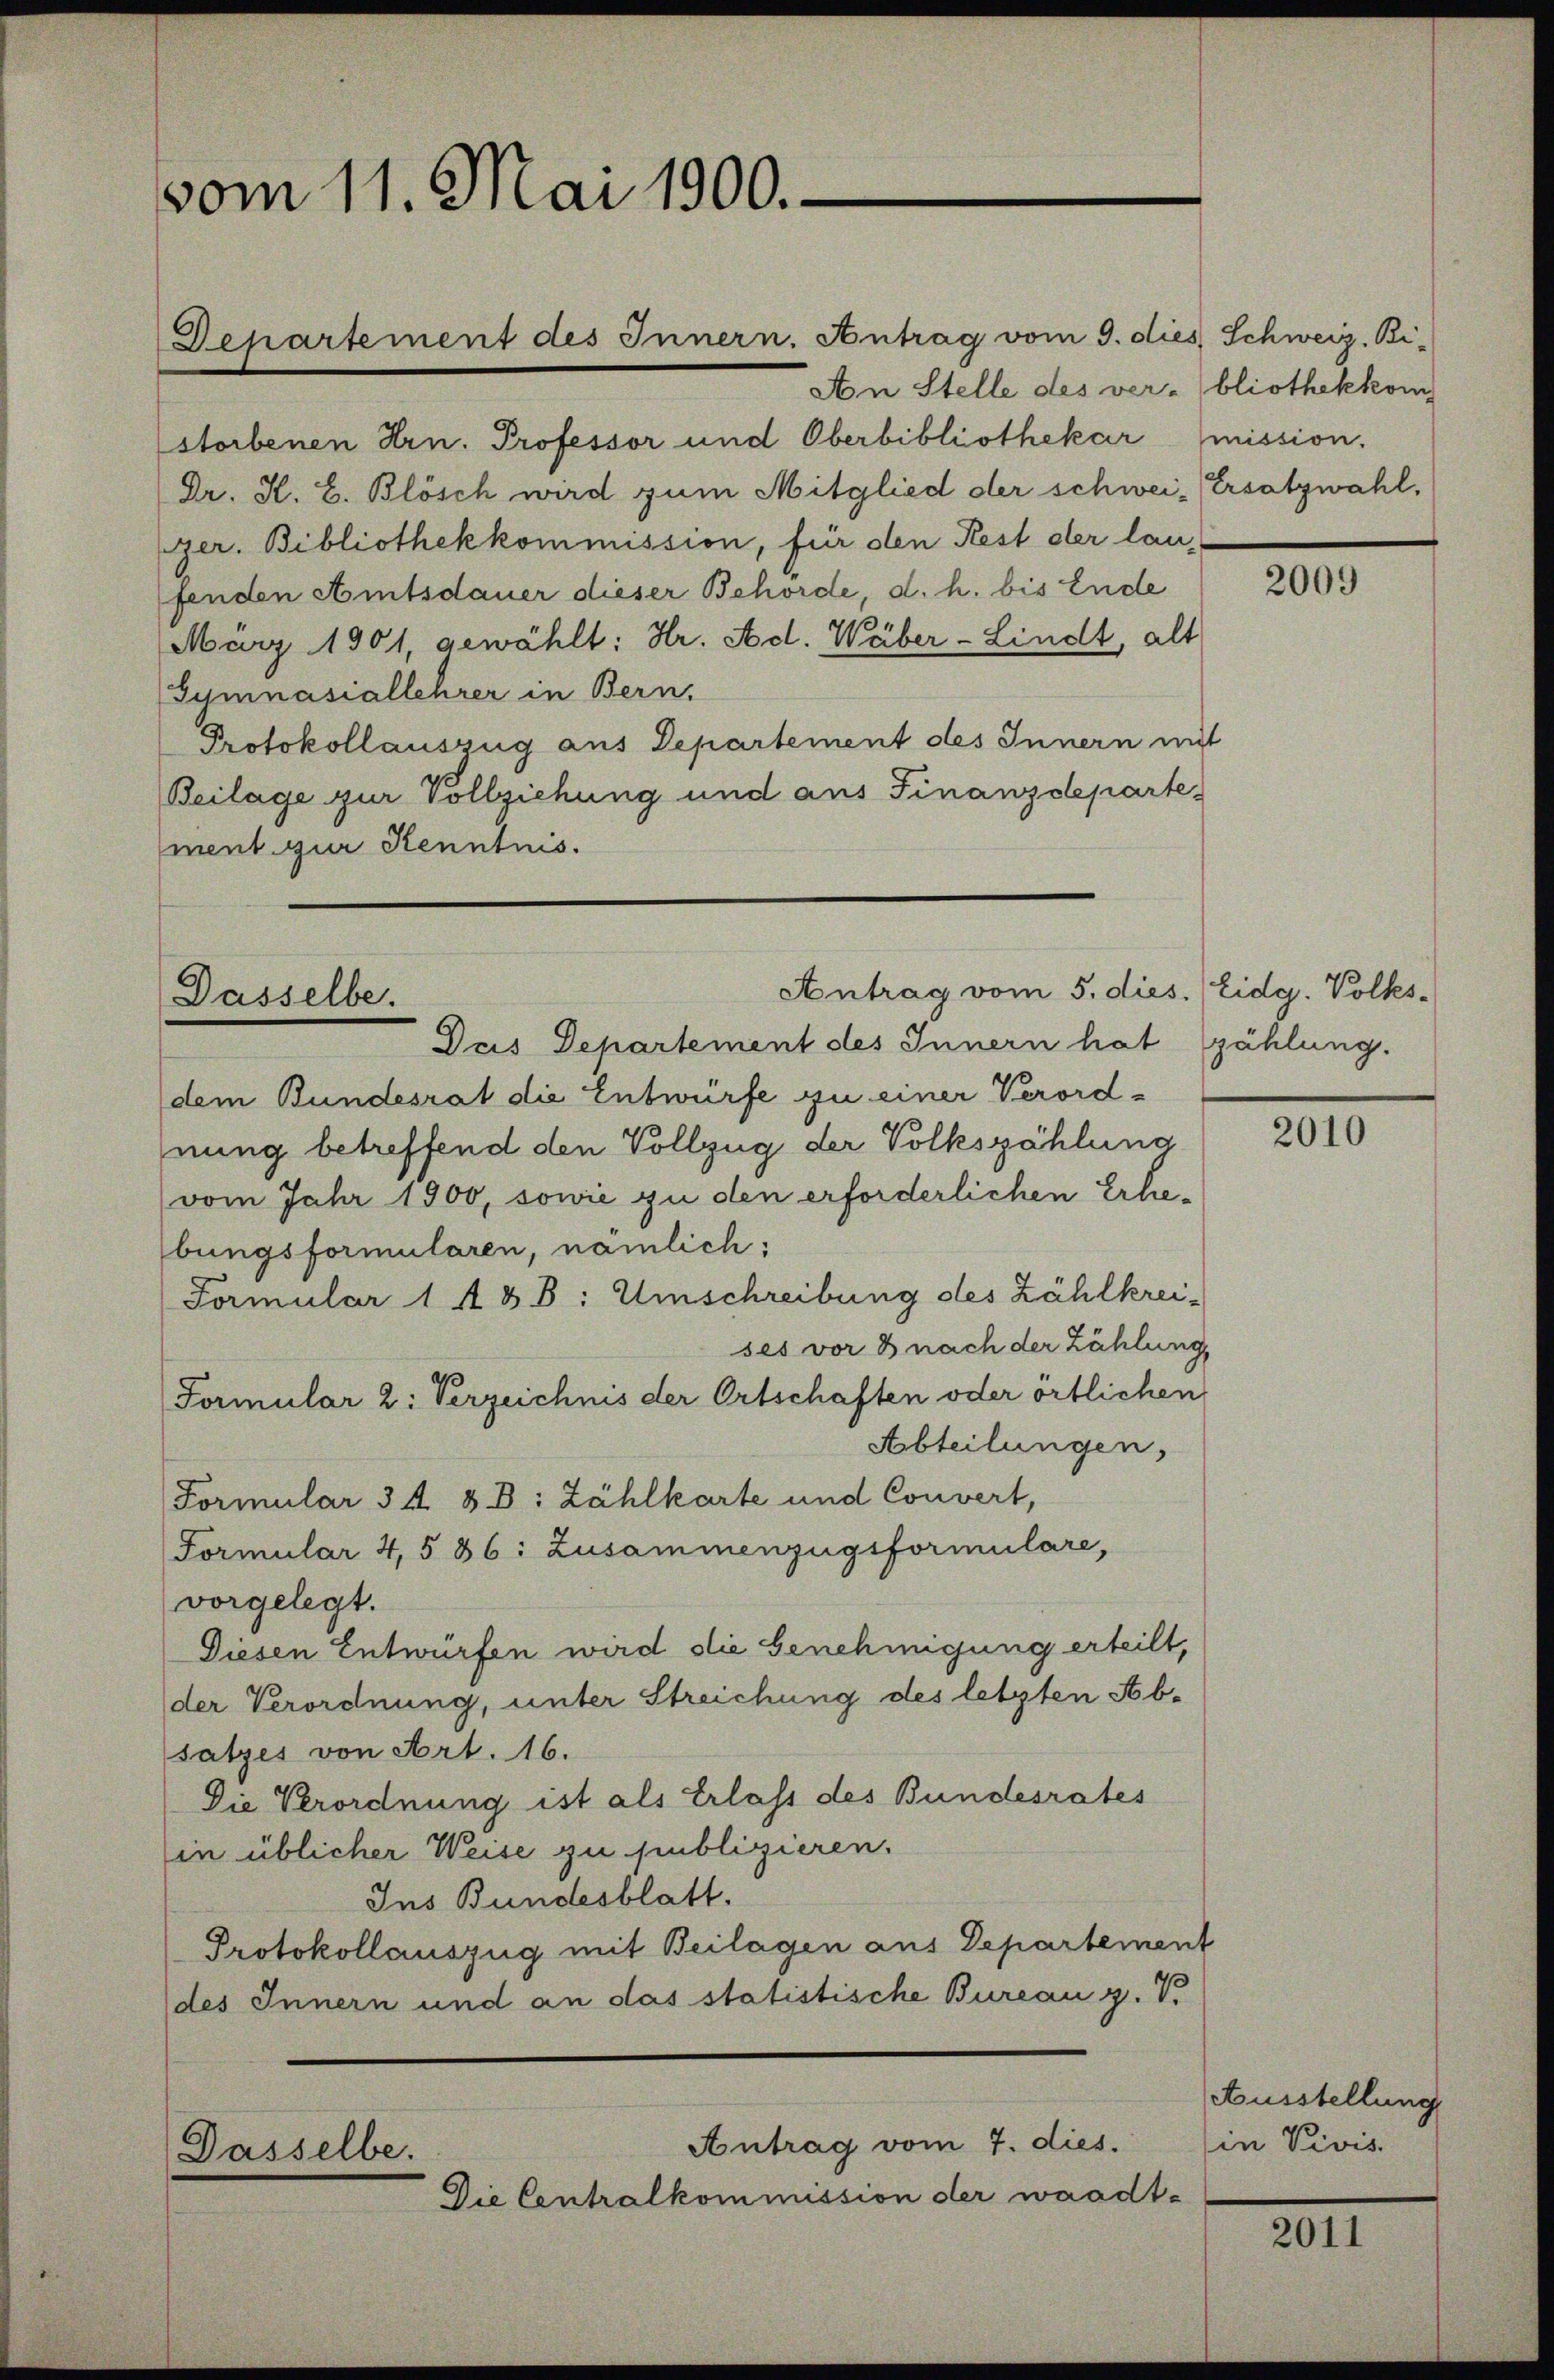
vom 11. Mai 1900.

An Stelle des ver-bliothekkom
storbenen Hrn. Professor und Oberbibliothekar mission.
Dr. H. E. Blösch wird zum Mitglied der schwei- Ersatzwahl,
ger. Bibliothekkommission, für den Rest der laufenden Amtsdauer dieser Behörde, d. h. bis Ende
März 1901, gewählt: Hr. Ad. Wäber-Lindt, alt
Gymnasiallehrer in Bern,
Protokollauszug aus Departement des Innern mit
Beilage zur Vollziehung und aus Finanzdeparte
ment zur Kenntnis.

Departement des Innern. Antrag vom 9. dies Schweiz, Bi¬

Dasselbe.

Antrag vom 5. dies. (Eidg. Volks-

Antrag vom 7. dies.
Dasselbe.
Die Centralkommission der waadt-

Duis Departement des Innern hat zählung.
dem Bundesrat die Entwürfe zu einer Verordnung betreffend den Vollzug der Volkszählung
vom Jahr 1900, sowie zu den erforderlichen Erhebungsformularen, nämlich:
Formular 148 B: Umschreibung des Zahlkrei-
ses vor 3 nach der Zählung
Formular 2: Verzeichnis der Ortschaften oder örtlichen
Abteilungen,
Formular 3 f 8 B: Zählkarte und Convert,
Formular 4,5 36: Zusammenzugsformulare,
vorgelegt.
Diesen Entwürfen wird die Genehmigung erteilt,
der Verordnung, unter Streichung des letzten Ab-
satzes von Art. 16.
Die Verordnung ist als Erlass des Bundesrates
in üblicher Weise zu publizieren.
Ins Bundesblatt.
Protokollauszug mit Beilagen aus Departement
des Innern und an das statistische Bureau g. V.

2009

2010

Ausstellung
in Vivis.

2011